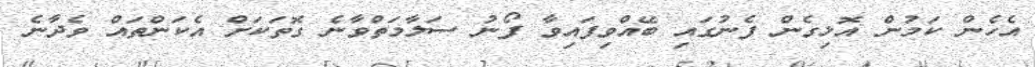
އެހެން ކަމުން އޮޅިގެން ފެނުގައި ބޭއްވިފައިވާ ފޯނު ސަލާމަތްވާނެ ގޮތަކަށް އެކަންތައް ވެދާނެ